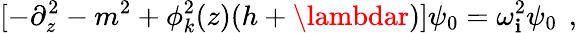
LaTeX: [-\partial_{z}^{2}-m^{2}+\phi_{k}^{2}(z)(h+\lambdar)]\psi_{0}=\omega_{\mathbf{i}}^{2}\psi_{0}\, \ ,